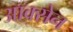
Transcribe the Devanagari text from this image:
आक्सेन